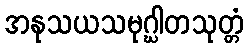
အနုသယသမုဂ္ဃါတသုတ္တံ